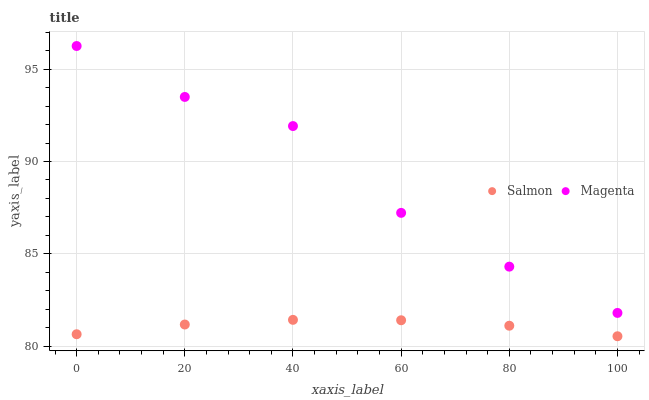
| xaxis_label | Salmon | Magenta |
 | --- | --- | --- |
 | 0 | 80.6 | 96.3 |
 | 20 | 81.2 | 93.5 |
 | 40 | 81.4 | 91.9 |
 | 60 | 81.4 | 87.2 |
 | 80 | 81.1 | 84.3 |
 | 100 | 80.5 | 81.8 |